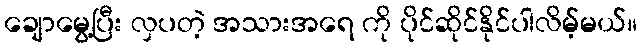
ချောမွေ့ပြီး လှပတဲ့ အသားအရေ ကို ပိုင်ဆိုင်နိုင်ပါလိမ့်မယ်။